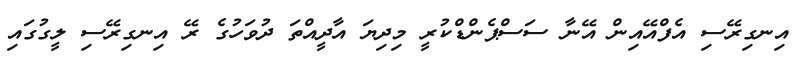
އިނގިރޭސި އެފްއޭއިން އޭނާ ސަސްޕެންޑްކުރީ މިދިޔަ އާދީއްތަ ދުވަހުގެ ރޭ އިނގިރޭސި ލީގުގައި